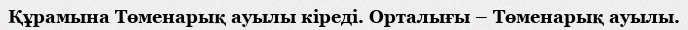
Құрамына Төменарық ауылы кіреді. Орталығы – Төменарық ауылы.